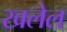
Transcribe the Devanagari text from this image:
खलेल